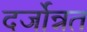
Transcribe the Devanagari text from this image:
दर्जोन्नत